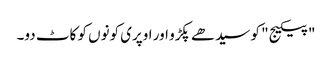
"پیکیج" کو سیدھے پکڑو اور اوپری کونوں کو کاٹ دو۔